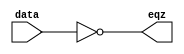
module EQZ (eqz,data);
input [31:0] data;
output eqz;

assign eqz = (data == 0); // eqz is assigned '1' , if data is equal to '0' //

endmodule